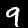
Label: 9